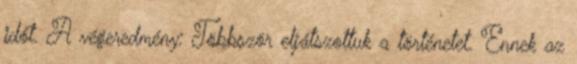
időt. A végeredmény: Többször eljátszottuk a történetet. Ennek az